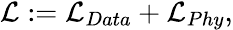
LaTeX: \begin{array}{r}{\mathcal{L}:=\mathcal{L}_{Data}+\mathcal{L}_{Phy},}\end{array}